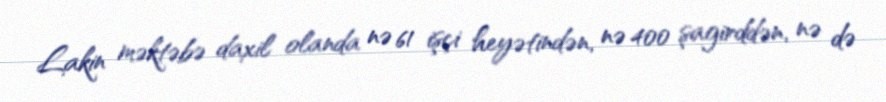
Lakin məktəbə daxil olanda nə 61 işçi heyətindən, nə 400 şagirddən, nə də